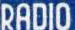
RADIO